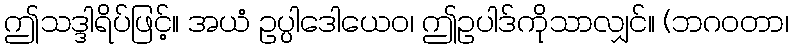
ဤသဒ္ဒါရိပ်ဖြင့်။ အယံ ဥပ္ပါဒေါယေဝ၊ ဤဥပါဒ်ကိုသာလျှင်။ (ဘဂဝတာ၊